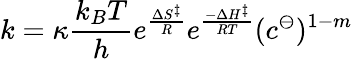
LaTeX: k=\kappa{\frac{k_{B}T}{h}}e^{\frac{\Delta S^{\ddagger}}{R}}e^{\frac{-\Delta H^{\ddagger}}{RT}}(c^{\ominus})^{1-m}